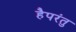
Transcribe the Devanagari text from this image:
हैपरंतु